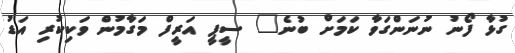
ގުޅާ ފޯނު ނުނަންގަވާ ކަމަށް ބުނެ" ސީޕީ އަރީފް މަގާމުން ވަކިކުރި އަޑު